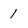
Character: I